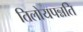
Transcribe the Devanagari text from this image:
तिलोयपन्नति